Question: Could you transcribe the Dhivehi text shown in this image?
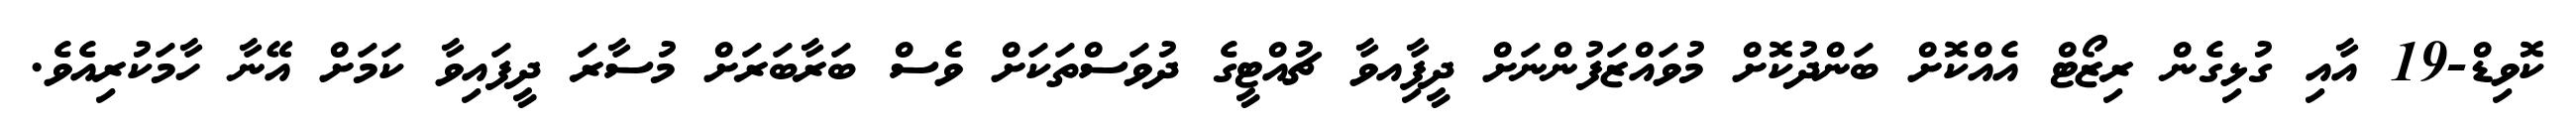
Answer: ކޮވިޑް-19 އާއި ގުޅިގެން ރިޒޯޓް އެއްކޮށް ބަންދުކޮށް މުވައްޒަފުންނަށް ދީފާިއވާ ޗުއްޓީގެ ދުވަސްތަކަށް ވެސް ބަރާބަރަށް މުސާރަ ދީފައިވާ ކަމަށް އޭނާ ހާމަކުރިއެވެ.